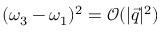
( \omega _ { 3 } - \omega _ { 1 } ) ^ { 2 } = \mathcal { O } ( | \vec { q } | ^ { 2 } )